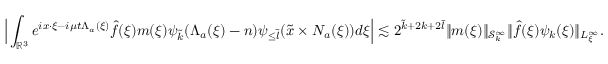
\Big | \int _ { \mathbb { R } ^ { 3 } } e ^ { i x \cdot \xi - i \mu t \Lambda _ { a } ( \xi ) } \widehat { f } ( \xi ) m ( \xi ) \psi _ { \tilde { k } } ( \Lambda _ { a } ( \xi ) - n ) \psi _ { \leq \bar { l } } ( \tilde { x } \times N _ { a } ( \xi ) ) d \xi \Big | \lesssim 2 ^ { \tilde { k } + 2 k + 2 \bar { l } } \| m ( \xi ) \| _ { \mathcal { S } _ { k } ^ { \infty } } \| \widehat { f } ( \xi ) \psi _ { k } ( \xi ) \| _ { L _ { \xi } ^ { \infty } } .